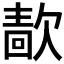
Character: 𰙖